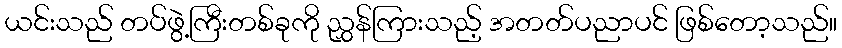
ယင်းသည် တပ်ဖွဲ့ကြီးတစ်ခုကို ညွှန်ကြားသည့် အတတ်ပညာပင် ဖြစ်တော့သည်။